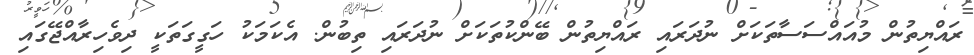
ރައްޔިތުން މުއައްސަސާތަކަށް ނުދަރައި ރައްޔިތުން ބޭންކުތަކަށް ނުދަރައި ތިބުން. އެކަމަކު ހަގީގަތަކީ ދިވެހިރާއްޖޭގައި